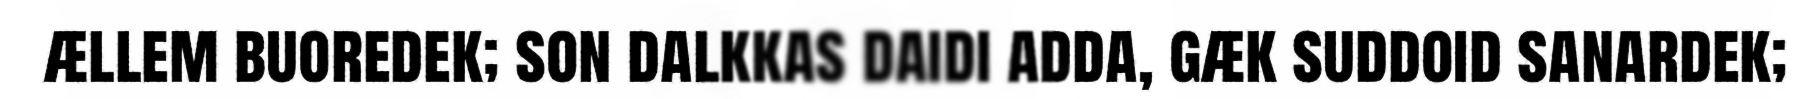
ællem buoredek; son dalkkas daidi adda, gæk suddoid sanardek;